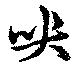
哭